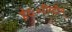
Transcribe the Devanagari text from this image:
ईदः॰रोय्दोन्